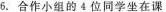
6.合作小组的4位同学坐在课